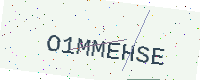
Text: O1MMEHSE